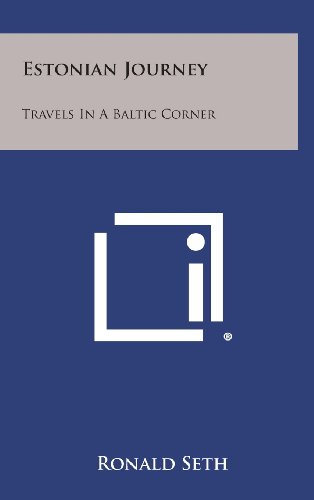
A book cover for Estonian Journey: Travels in a Baltic Corner; Ronald Seth; Travel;